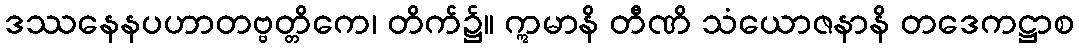
ဒဿနေနပဟာတဗ္ဗတ္တိကေ၊ တိက်၌။ ဣမာနိ တီဏိ သံယောဇနာနိ တဒေကဋ္ဌာစ